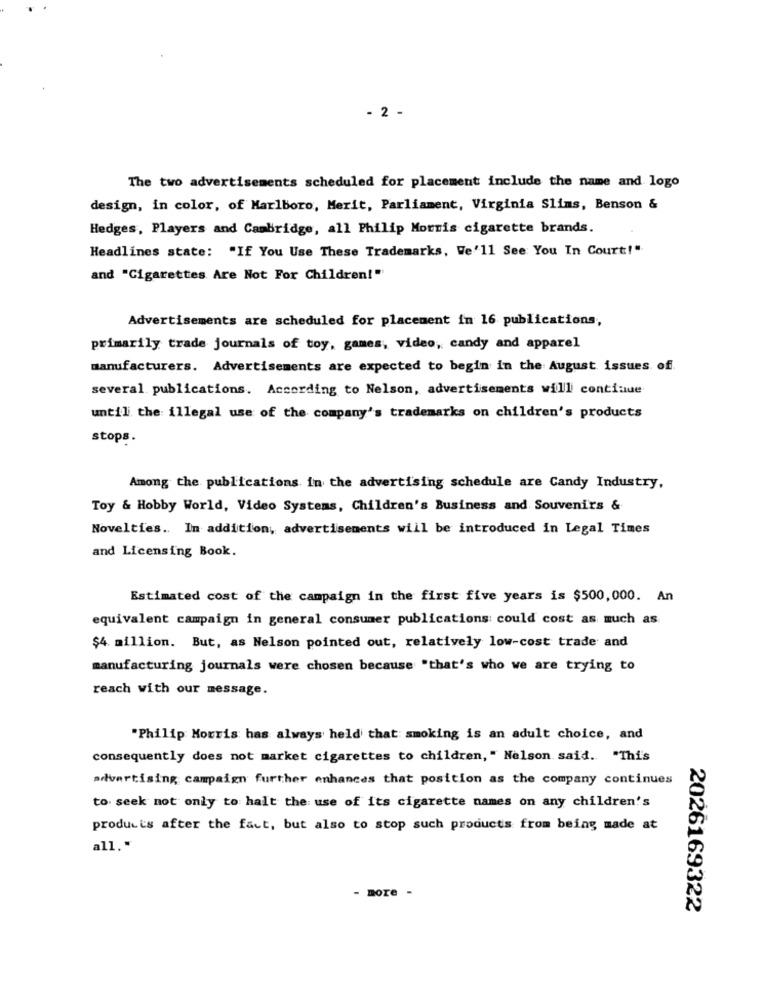
- 2 -
The two advertisements scheduled for placement include the name and logo
design, in color, of Marlboro, Merit, Parliament, Virginia Slims, Benson &
Hedges, Players and Cambridge, all Philip Morris cigarette brands.
Headlines state: "If You Use These Trademarks, We'll See You In Court!"
and "Cigarettes Are Not For Children!"
Advertisements are scheduled for placement in 16 publications,
primarily trade journals of toy, games, video, candy and apparel
manufacturers. Advertisements are expected to begin in the August issues of
several. publications. According to Nelson, advertisements will continue
until the illegal use of the company's trademarks on children's products
stops.
Among the publications in the advertising schedule are Candy Industry,
Toy & Hobby World, Video Systems, Children's Business and Souvenirs &
Novelties .. In addition, advertisements will be introduced in Legal Times
and Licensing Book.
Estimated cost of the campaign in the first five years is $500,000. An
equivalent campaign in general consumer publications: could cost as much as
$4 million. But, as Nelson pointed out, relatively low-cost trade and
manufacturing journals were chosen because "that's who we are trying to
reach with our message.
"Philip Morris has always held that smoking is an adult choice, and
consequently does not market cigarettes to children, " Nelson said. "Thi's
advertising campaign further enhances that position as the company continues
to. seek not only to halt the use of its cigarette names on any children's
products after the fact, but also to stop such products from being made at
all .*
- more -
2026169322